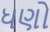
ધણો